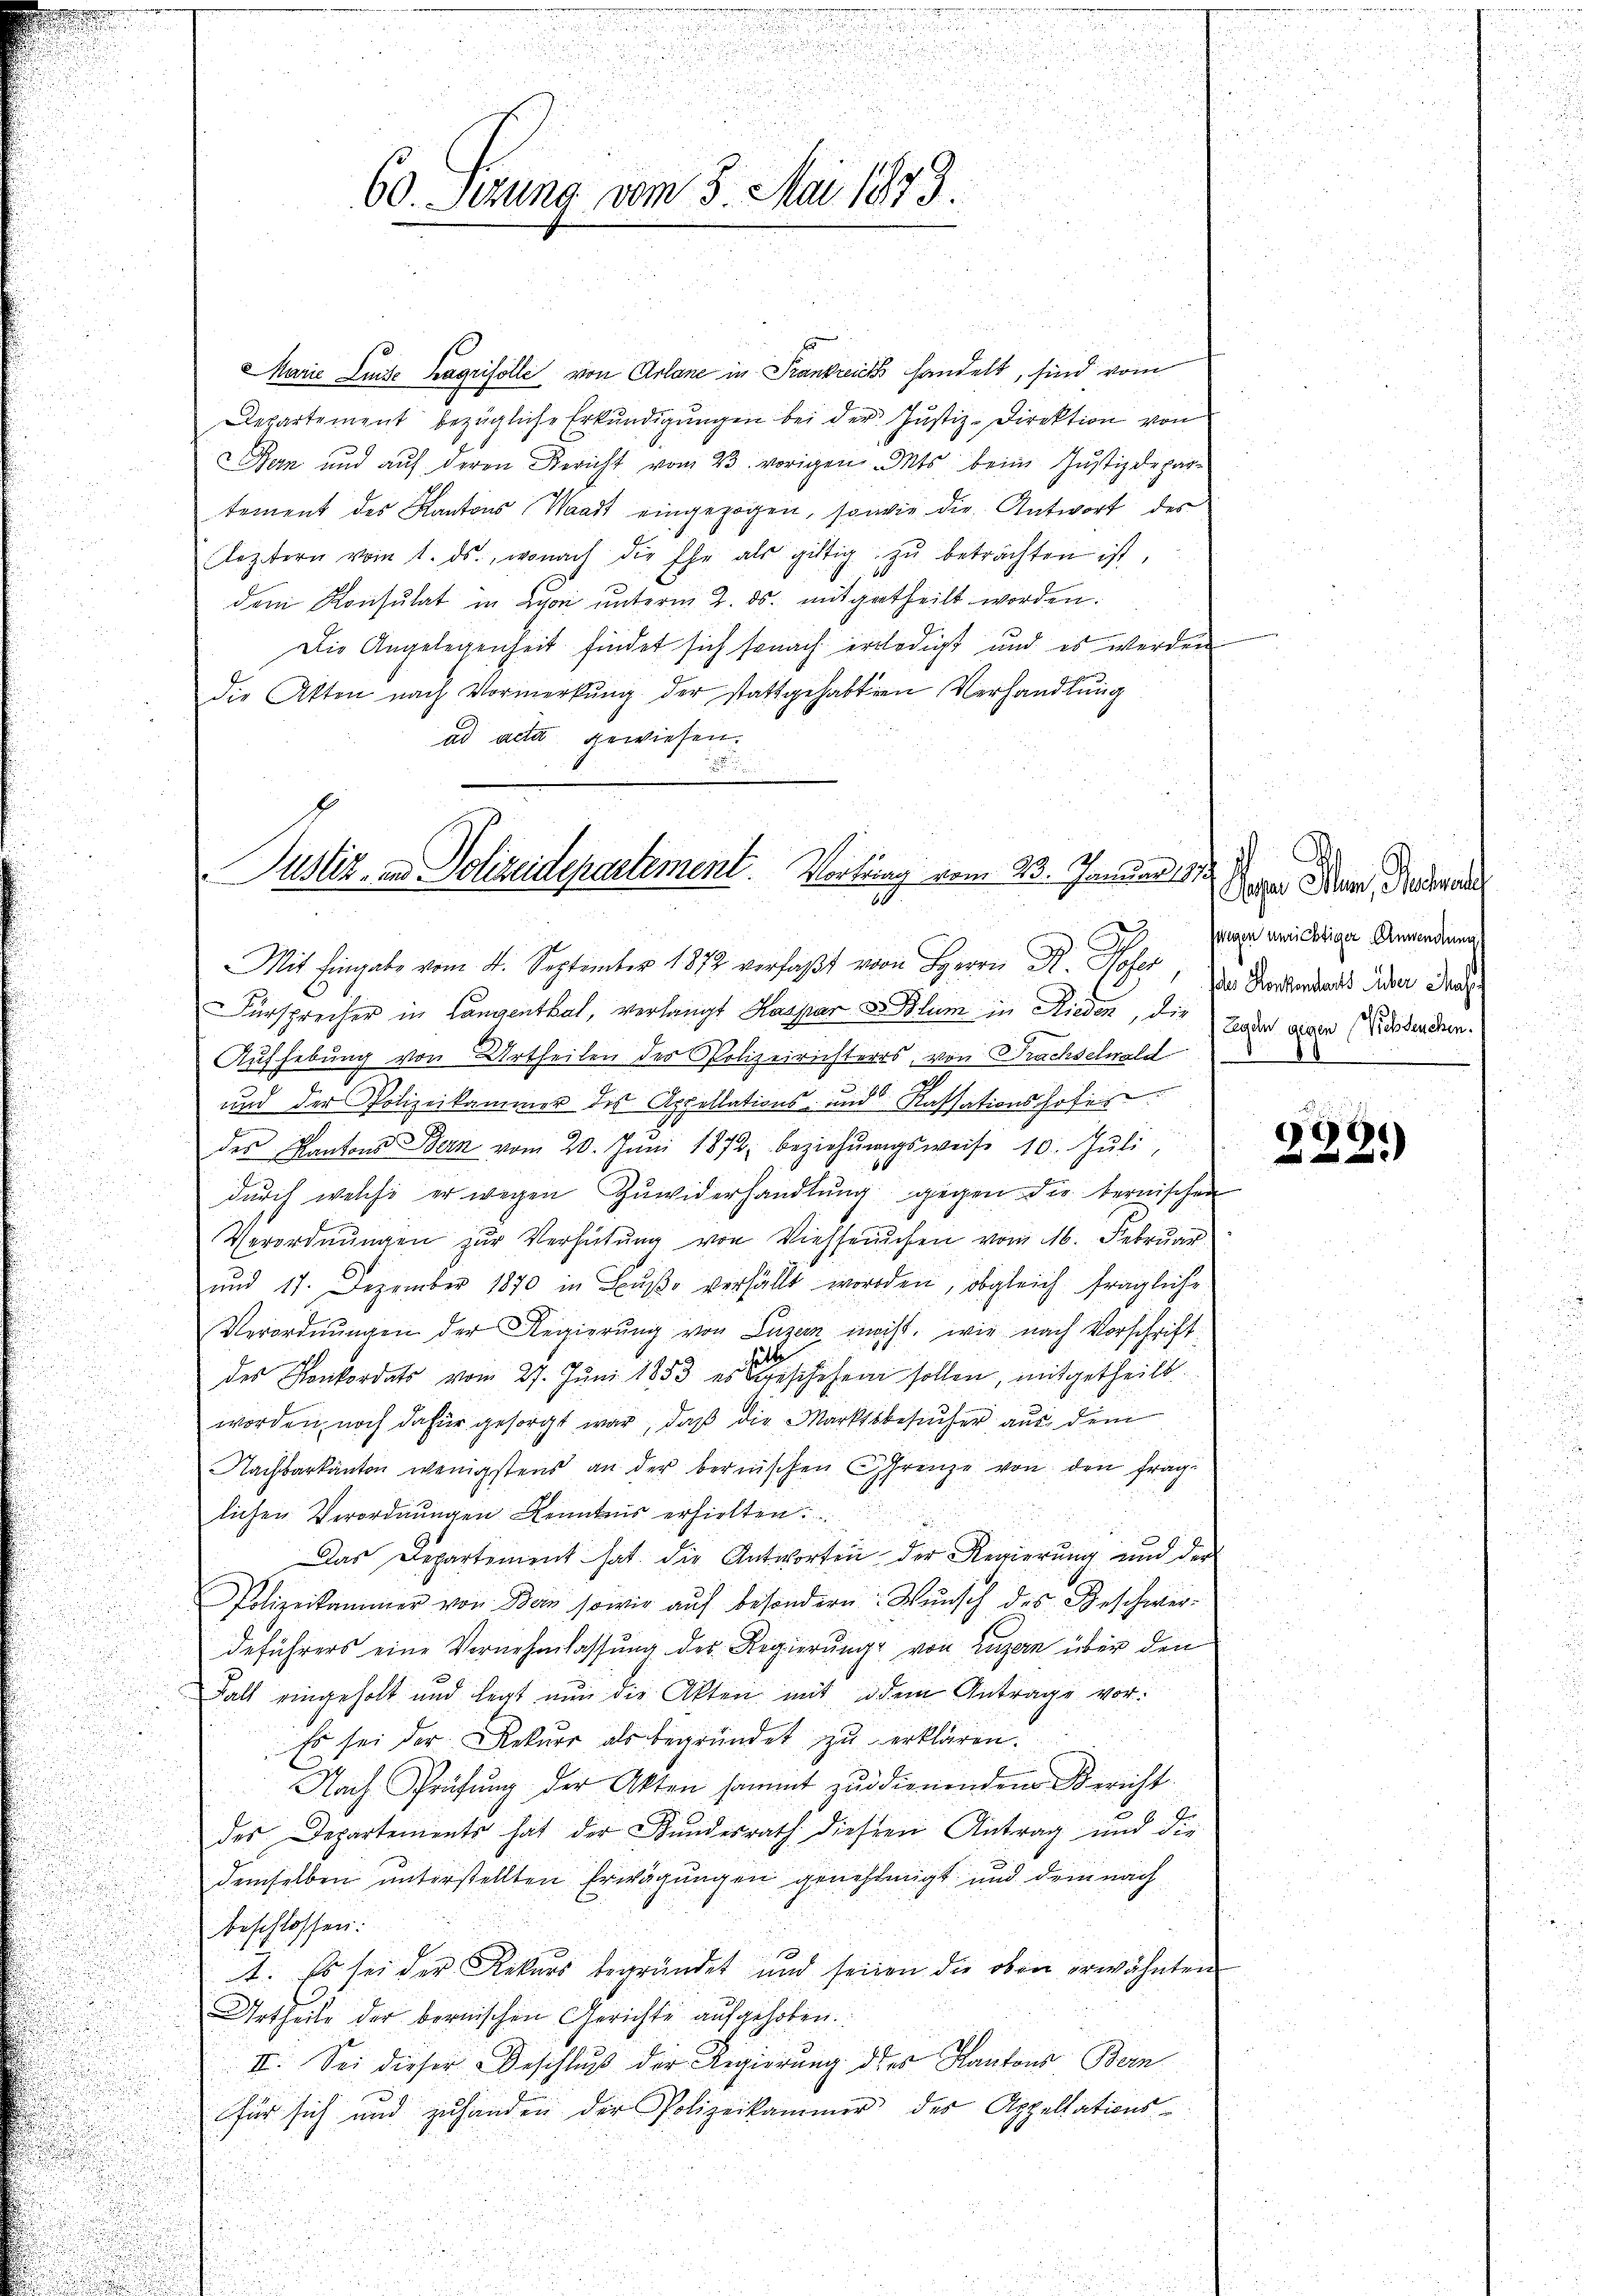
d

60. Ferung vom 3. Mai 1873.

u

Marie Linie hagrisolle von Arlane in Frankreich handelt, sind vom
Departement bezügliche Erkundigungen bei der Justiz-Direktion von
ern und auf deren Bericht vom 23. vorigen Mts. beim Justizdepartement des Kantons Waadt eingezogen, sowie die Antwort des
Cleztern vom 1. ds., wonach die Ehe als gültig zŭ beträchten ist.
dem Konsulat in Lyon unterm 2. ds. mitgetheilt worden.
Die Angelegenheit findet sich sonach erledigt und es werden
die Akten nach Vormerkung der stattgehabten Verhandlung
ad acta gewiesen.

Justiz- und Polizeidepartement. Vortrag vom 23. Januar 1879
d

Mit Eingabe vom 4. September 1872 verfaßt vom Herrn Dr. Sofer, der Brandants daher das
u
u

Fürsprecher in Langenthal, verlangt Kaspar Blum in Rieden, die Tode eiger (Wiedencken.
2
Aufhebung von Urtheilen des Polizeirichters, von Prachselwald
.
u
und der Polizeikammer des Appellations- und Kassationshofes

des Kantons Bern vom 20. Juni 1872 beziehŭngsweise 10. Jŭli,

.
dŭrch welche er wegen Zŭwiderhandlŭng gegen die bernischen
.

Verordnungen zur Verhütung von Viehseuchen vom 16. Februar

und 11. Dezember 1870 in Bŭβe verfällt worden, obgleich fragliche

Verordnungen der Regierung von Luzern macht, wie nach Vorschrift
des Konkordats vom 27. Juni 1883 erschehen sollen, mitgetheilt.
u
.
worden, noch dafür gesorgt war, daß die Marktsbesucher aus dem
Nachbarkanton wenigstens an der bernischen Grenze von den fragd
lichen Verordnŭngen Kenntnis erhielten
Das Departement hat die Antworten der Regierung und der
Polizeikammer von Bein sowie aŭf besondern Wunsch des Geschwerdeführers eine Vernehmlassung des Regierungs von Luzern über den
Fall eingeholt und legt nun die Akten mit dem Antrage vor.
Es sei der Rekurr als begründet zu erklären.
Nach Prüfŭng der Akten sammt zŭ dienenden Bericht
des Departements hat der Bŭndesrath diesen Antrag und die
demselben unterstellten Erwägungen genehmigt und dem nach
beschlossen:
A. Es sei der Rekurs begründet und seinen die oben erwähnten
Urtheile der bernischen Gerichte aufgehoben.
II. Sei dieser Geschluß der Regierung des Kantons Bern
für sich und zuhanden der Polizeikammer der Appellations-

G.
ager Muri, Nachwerte
segen unrichtiger Anwendung

232.)